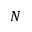
N